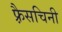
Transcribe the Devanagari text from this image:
फ़्रैसचिनी